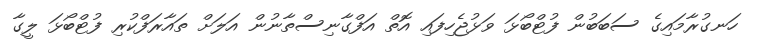
ހަނގުރާމައިގެ ސަބަބުން ފުޓްބޯޅަ ވަޅުޖެހިފައި އޮތް އަފްގާނިސްތާނުން އަލަށް ތައާރަފްކުރި ފުޓްބޯޅަ ލީގާ